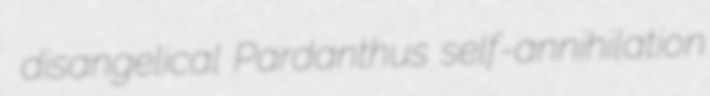
disangelical Pardanthus self-annihilation